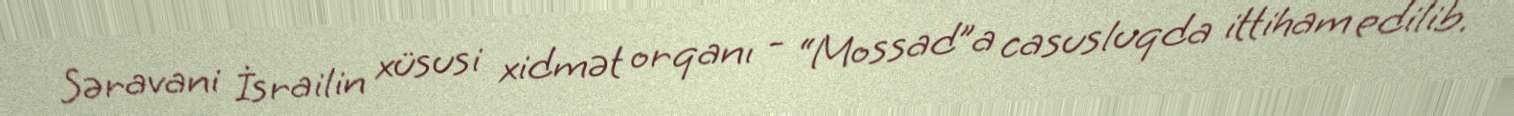
Səravani İsrailin xüsusi xidmət orqanı - “Mossad”a casusluqda ittiham edilib.